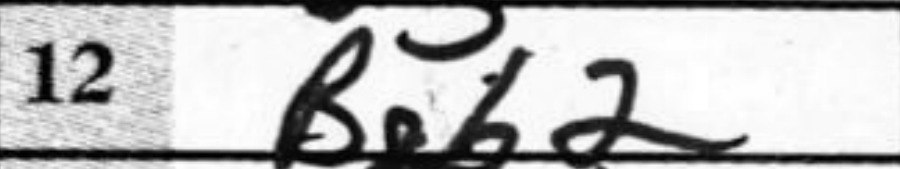
Transcription: Bb2